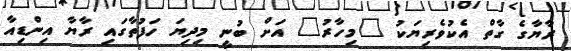
ރާޔާގެ ގާތް އެކުވެރިޔަކު "މިހާރު" އަށް ބުނީ މިދިޔަ ހަފުތާގައި ރާޔާ އިންޑިއާ